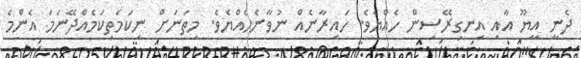
ދެނީ އީޔޫ އާއި އިނގިރޭސިން ހެއްޔެވެ. ހައިރާނެއް ނުވާނެހެއްޔެވެ. މިތަނަށް ނިކަމެތިކަމެއްދޭނަމަ އެންމެ